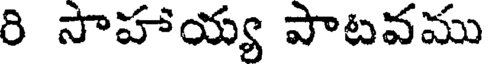
రి సాహాయ్య పాటవము